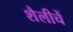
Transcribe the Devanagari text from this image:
शैलीचें